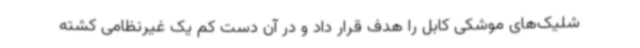
شلیک‌های موشکی کابل را هدف قرار داد و در آن دست کم یک غیرنظامی کشته